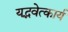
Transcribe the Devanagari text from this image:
यद्भवेत्कार्यं